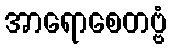
အာရောစေတဗ္ဗံ